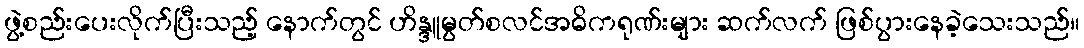
ဖွဲ့စည်းပေးလိုက်ပြီးသည့် နောက်တွင် ဟိန္ဒူမွတ်စလင်အဓိကရုဏ်းများ ဆက်လက် ဖြစ်ပွားနေခဲ့သေးသည်။